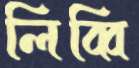
লিব্বি